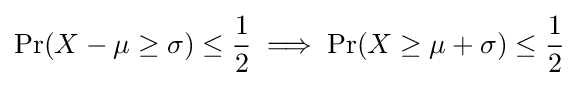
\Pr(X-\mu \geq \sigma )\leq {\frac {1}{2}}\implies \Pr(X\geq \mu +\sigma )\leq {\frac {1}{2}}